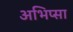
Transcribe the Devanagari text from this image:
अभिप्सा